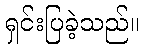
ရှင်းပြခဲ့သည်။